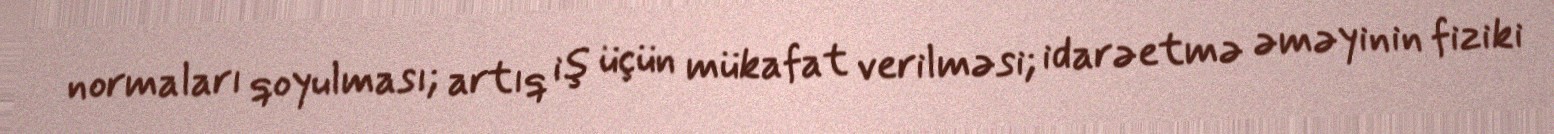
normaları qoyulması; artıq iş üçün mükafat verilməsi; idarəetmə əməyinin fiziki